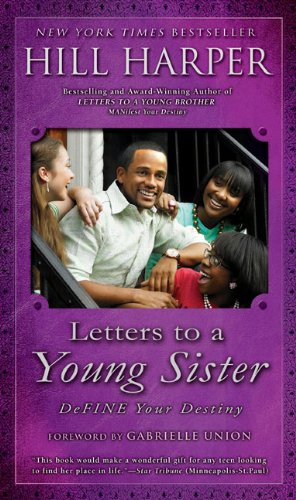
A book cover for Letters to a Young Sister: DeFINE Your Destiny; Hill Harper; Teen & Young Adult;